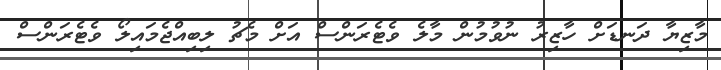
މާޒިޔާ ދަނޑަށް ހާޒިރު ނުވުމުން މާލެ ވެޓެރަންސް އަށް މެޗު ލިބިއްޖެމައިލޯ ވެޓެރަންސް